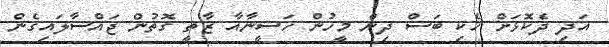
އަދި ދެކޮޅަށް ހެކި ބަސް ދިން މީހުން ހަސީނާއާ ޒާތީ ގޮތުން ޖައްސާލައިގެން